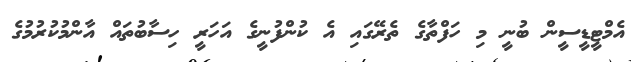
އެމްޓީޑީސީން ބުނީ މި ހަފްތާގެ ތެރޭގައި އެ ކުންފުނީގެ އަހަރީ ހިސާބުތައް އާންމުކުރުމުގެ